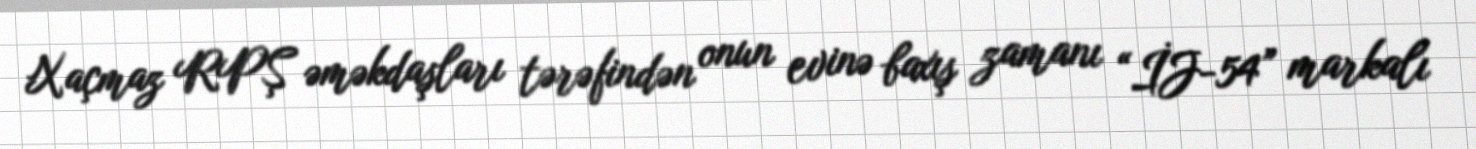
Xaçmaz RPŞ əməkdaşları tərəfindən onun evinə baxış zamanı “İJ-54” markalı